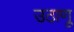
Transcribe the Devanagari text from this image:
उठाणू